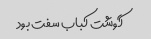
گوشت کباب سفت بود